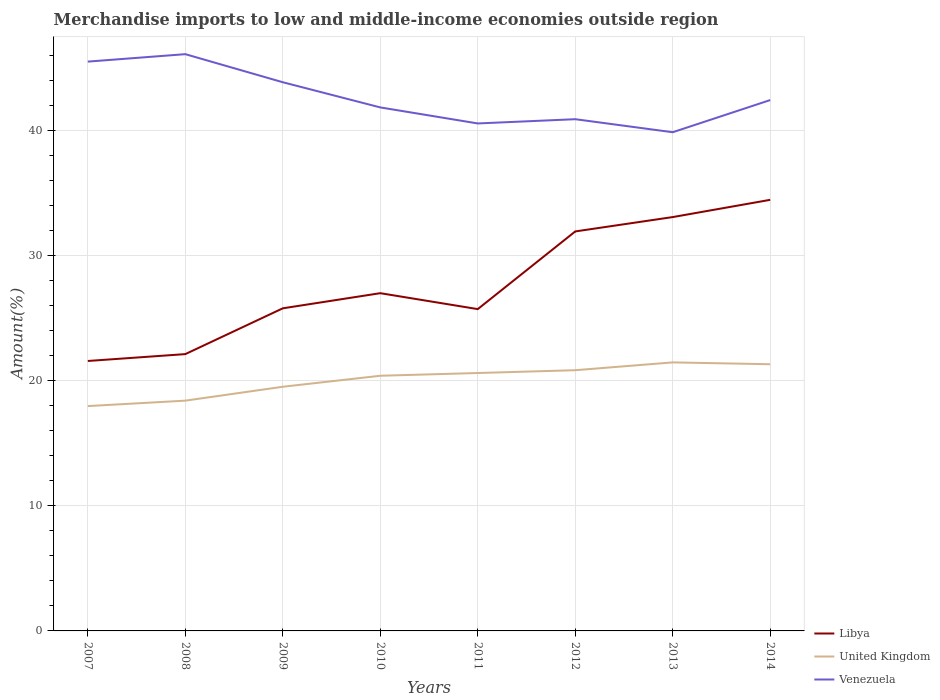
| Years | Libya | United Kingdom | Venezuela |
 | --- | --- | --- | --- |
 | 2007 | 21.6 | 18 | 45.5 |
 | 2008 | 22.1 | 18.4 | 46.1 |
 | 2009 | 25.8 | 19.5 | 43.9 |
 | 2010 | 27 | 20.4 | 41.9 |
 | 2011 | 25.7 | 20.6 | 40.6 |
 | 2012 | 32 | 20.9 | 40.9 |
 | 2013 | 33.1 | 21.5 | 39.9 |
 | 2014 | 34.5 | 21.3 | 42.5 |